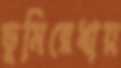
ভূমিরেখায়